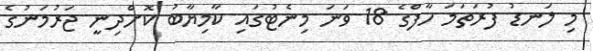
މި ލަނޑު ފުރަތަމަ ހާފްގެ 18 ވަނަ މިނެޓުގައި ކާމިޔާބު ކޮށްދިނީ ޖަރުމަނުގެ